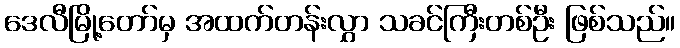
ဒေလီမြို့တော်မှ အထက်တန်းလွှာ သခင်ကြီးတစ်ဦး ဖြစ်သည်။